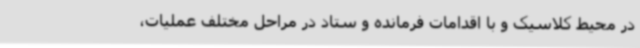
در محیط کلاسیک و با اقدامات فرمانده و ستاد در مراحل مختلف عملیات،